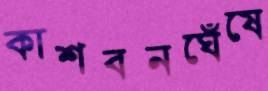
কাশবনঘেঁষে